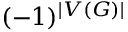
( - 1 ) ^ { | V ( G ) | }